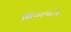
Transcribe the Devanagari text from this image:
सिंधान्ताने